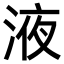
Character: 液